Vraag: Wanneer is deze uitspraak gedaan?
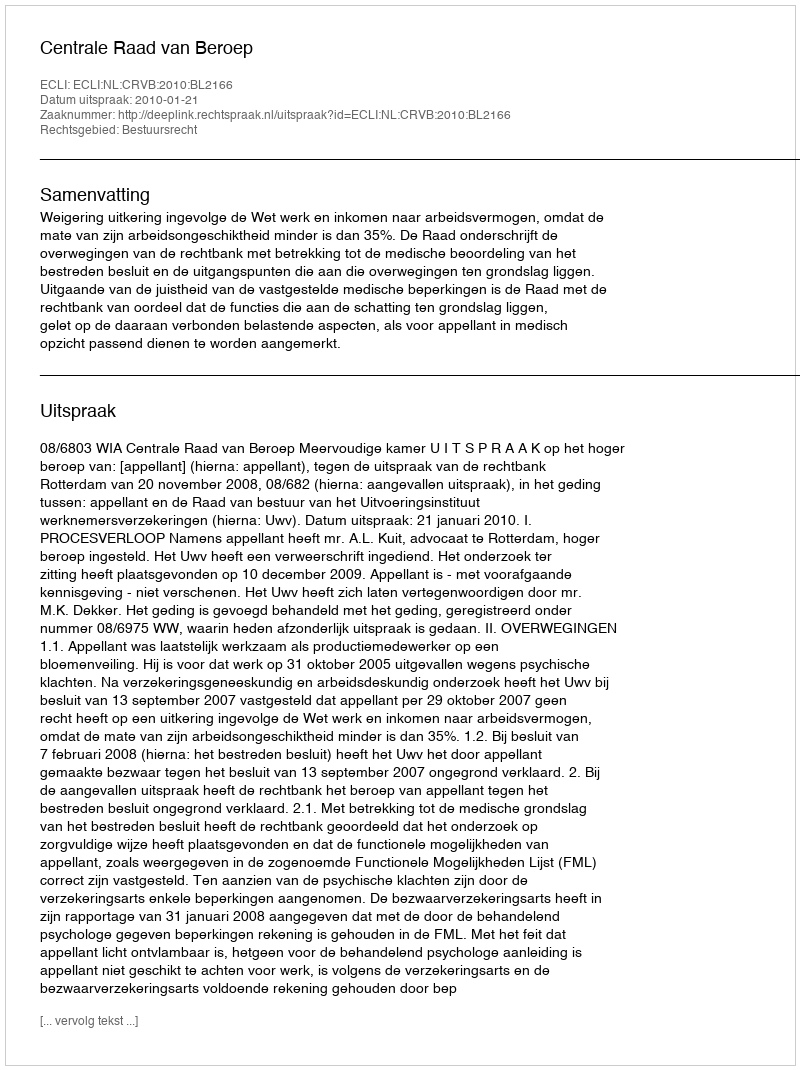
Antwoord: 2010-01-21